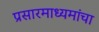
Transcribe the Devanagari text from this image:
प्रसारमाध्यमांचा